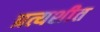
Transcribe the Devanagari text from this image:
प्रत्यशीत